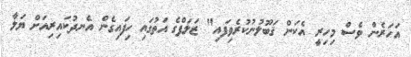
އަހަރެން ވެސް މިހިރީ އެކަން ޤަބޫލުނުކުރެވިފައި" ޒަލަފްގެ އަތުގައި ހިފައިގެން އެނދުކައިރިއަށް ޔަލާ